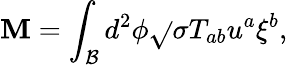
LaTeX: \mathbf{M}=\int_{\mathcal{{B}}}d^{2}\phi\sqrt{}{{\sigma}}T_{ab}u^{a}\xi^{b},